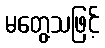
မတွေ့သဖြင့်